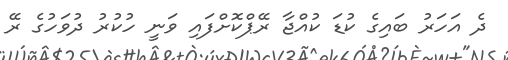
ދެ އަހަރު ބައިގެ ކުޑަ ކުއްޖާ ރޭޕްކޮށްފައި ވަނީ ހުކުރު ދުވަހުގެ ރޭ